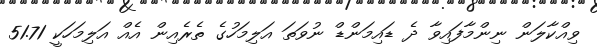
ވިއްކާލަން ނިންމާފައިވާ ދެ ޑައިމަންޑް ނުވަތަ އަލިމަހުގެ ތެރެއިން އެއް އަލިމަހަކީ 51.71